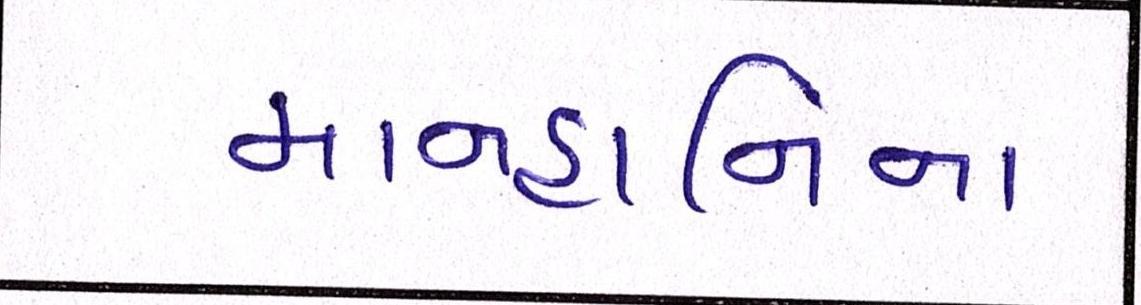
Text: માનહાનિના